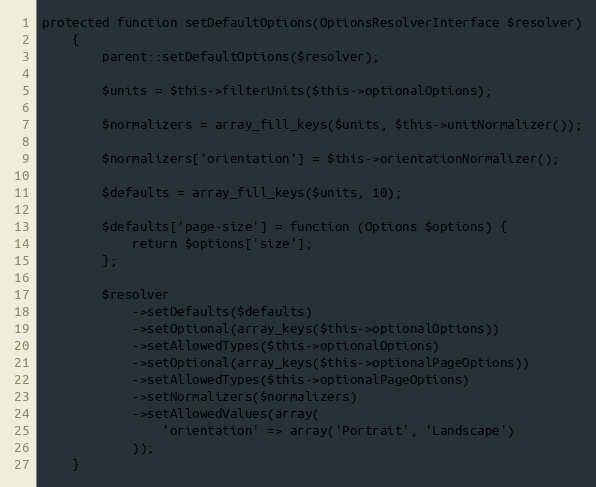
Language: PHP
protected function setDefaultOptions(OptionsResolverInterface $resolver)
    {
        parent::setDefaultOptions($resolver);

        $units = $this->filterUnits($this->optionalOptions);

        $normalizers = array_fill_keys($units, $this->unitNormalizer());

        $normalizers['orientation'] = $this->orientationNormalizer();

        $defaults = array_fill_keys($units, 10);

        $defaults['page-size'] = function (Options $options) {
            return $options['size'];
        };

        $resolver
            ->setDefaults($defaults)
            ->setOptional(array_keys($this->optionalOptions))
            ->setAllowedTypes($this->optionalOptions)
            ->setOptional(array_keys($this->optionalPageOptions))
            ->setAllowedTypes($this->optionalPageOptions)
            ->setNormalizers($normalizers)
            ->setAllowedValues(array(
                'orientation' => array('Portrait', 'Landscape')
            ));
    }